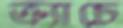
ক্র্যাচে